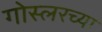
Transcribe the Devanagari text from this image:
गोस्लरच्या